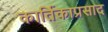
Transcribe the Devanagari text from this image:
कार्तिकाप्रसाद